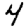
Digit: 4